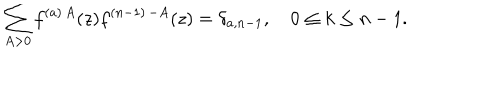
\sum _ { A > 0 } f ^ { ( a ) \, A } ( z ) f ^ { ( n - 1 ) \, - A } ( z ) = \delta _ { a , n - 1 } , \quad 0 \leq k \leq n - 1 .